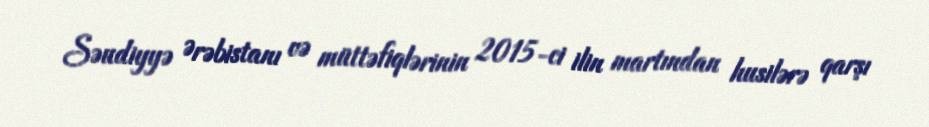
Səudiyyə Ərəbistanı və müttəfiqlərinin 2015-ci ilin martından husilərə qarşı